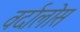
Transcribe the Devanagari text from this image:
वर्दालोस